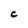
Character: C